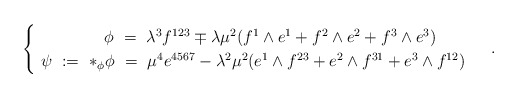
\begin{align*}\begin{cases}\qquad\quad\:\ \ \ \phi\ =\ \lambda^3f^{123}\mp\lambda\mu^2(f^1\wedge e^1+f^2\wedge e^2+f^3\wedge e^3)\\\ \psi\ :=\ *_\phi\phi\ =\ \mu^4e^{4567}-\lambda^2\mu^2(e^1\wedge f^{23}+e^2\wedge f^{31}+e^3\wedge f^{12})\end{cases}\ .\end{align*}